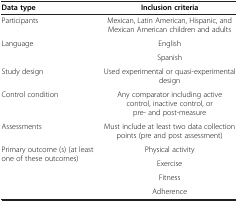
| Data type | Inclusion criteria |
 | --- | --- |
 | Participants | Mexican, Latin American, Hispanic, and Mexican American children and adults |
 | <ROWSPAN=2> Language | English |
 | Spanish |
 | Study design | Used experimental or quasi-experimental design |
 | Control condition | Any comparator including active control, inactive control, or pre- and post-measure |
 | Assessments | Must include at least two data collection points (pre and post assessment) |
 | Primary outcome (s) (at least one of these outcomes) | Physical activity |
 |  | Exercise |
 |  | Fitness |
 |  | Adherence |